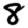
Digit: 8